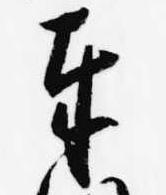
奉